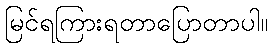
မြင်ရကြားရတာပြောတာပါ။